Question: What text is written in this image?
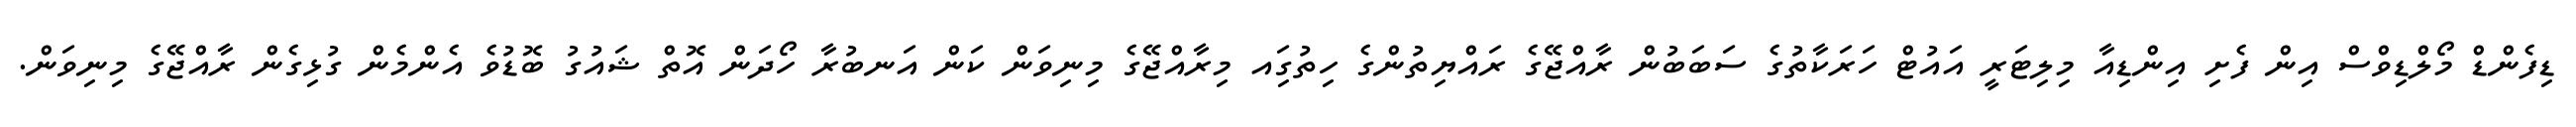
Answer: ޑިފެންޑް މޯލްޑިވްސް އިން ފެށި އިންޑިއާ މިލިޓަރީ އައުޓް ހަރަކާތުގެ ސަބަބުން ރާއްޖޭގެ ރައްޔިތުންގެ ހިތުގަިއ މިރާއްޖޭގެ މިނިވަން ކަން އަނބުރާ ހޯދަން އޮތް ޝައުގު ބޮޑުވެ އެންމެން ގުޅިގެން ރާއްޖޭގެ މިނިވަން.